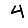
Digit: 4